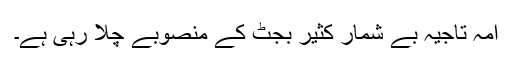
امہ تاجیہ بے شمار کثیر بجٹ کے منصوبے چلا رہی ہے۔